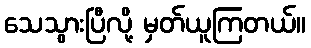
သေသွားပြီလို့ မှတ်ယူကြတယ်။